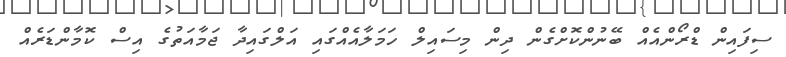
ސިފައިން ޑްރޯންއެއް ބޭނުންކޮށްގެން ދިން މިސައިލް ހަމަލާއެއްގައި އަލްގައިދާ ޖަމާއަތުގެ އިސް ކޮމާންޑަރެއް